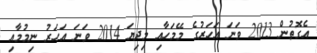
އެގޮތުން 2013 ވަނަ އަހަރުގެ މޭމަހާއި މިދިޔަ 2014 ވަނަ އަހަރު ނިމުމާއި